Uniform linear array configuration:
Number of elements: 64
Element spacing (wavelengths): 0.25
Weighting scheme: blackman
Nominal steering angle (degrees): -60
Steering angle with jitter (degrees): -59.357
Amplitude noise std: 0.05
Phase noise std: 0.05

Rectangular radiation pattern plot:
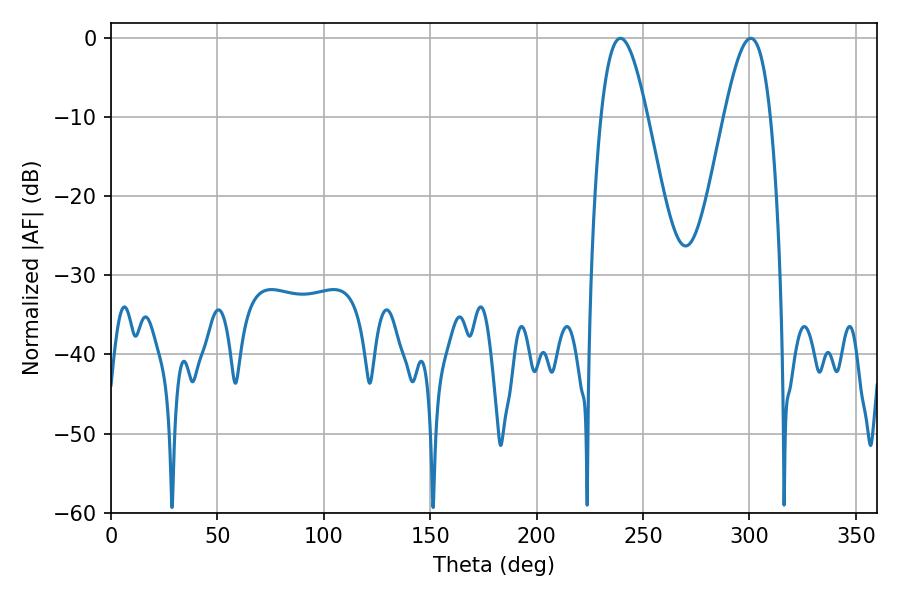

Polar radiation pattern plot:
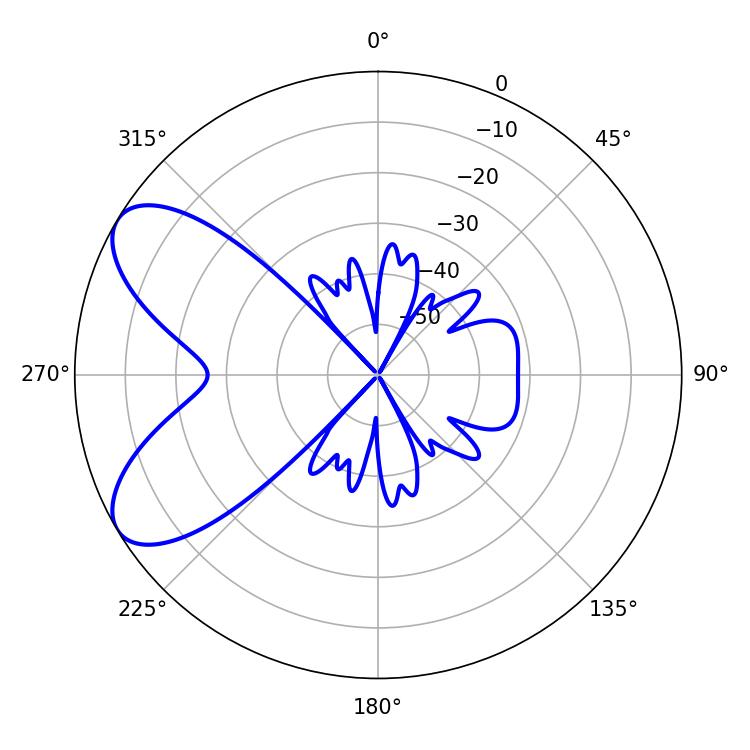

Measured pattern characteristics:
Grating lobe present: FALSE
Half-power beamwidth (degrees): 11.88
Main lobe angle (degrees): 239.4